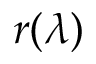
r ( \lambda )